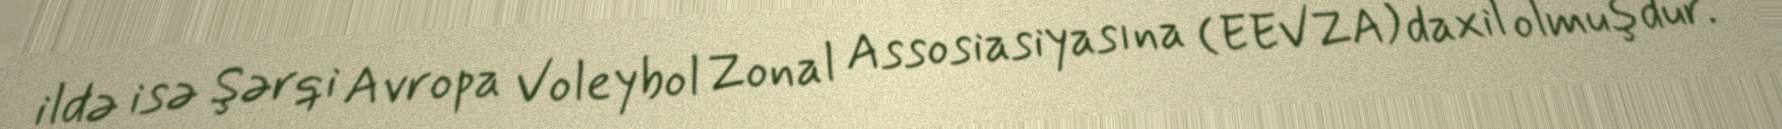
ildə isə Şərqi Avropa Voleybol Zonal Assosiasiyasına (EEVZA) daxil olmuşdur.